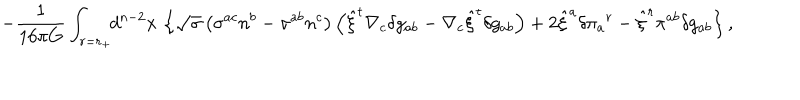
- { \frac { 1 } { 1 6 \pi G } } \int _ { r = r _ { + } } \! \! d ^ { n - 2 } x \, \left\{ \sqrt { \sigma } \left( \sigma ^ { a c } n ^ { b } - \sigma ^ { a b } n ^ { c } \right) \left( { \hat { \xi } } ^ { t } \nabla _ { c } \delta g _ { a b } - \nabla _ { c } { \hat { \xi } } ^ { t } \delta g _ { a b } \right) + 2 { \hat { \xi } } ^ { a } \delta \pi _ { a } { } ^ { r } - { \hat { \xi } } ^ { r } \pi ^ { a b } \delta g _ { a b } \right\} ,